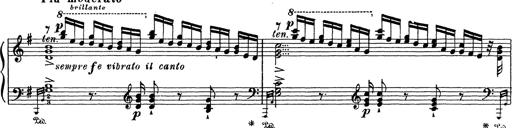
Title: Grosses Konzertsolo
Composer: Franz Liszt